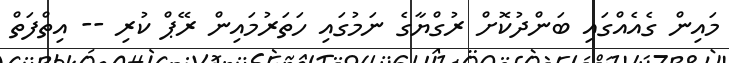
މައިން ގެއެއްގައި ބަންދުކޮށް ރުގްޔާގެ ނަމުގައި ހަތަރުމައިން ރޭޕް ކުރި -- އިތްފަތް